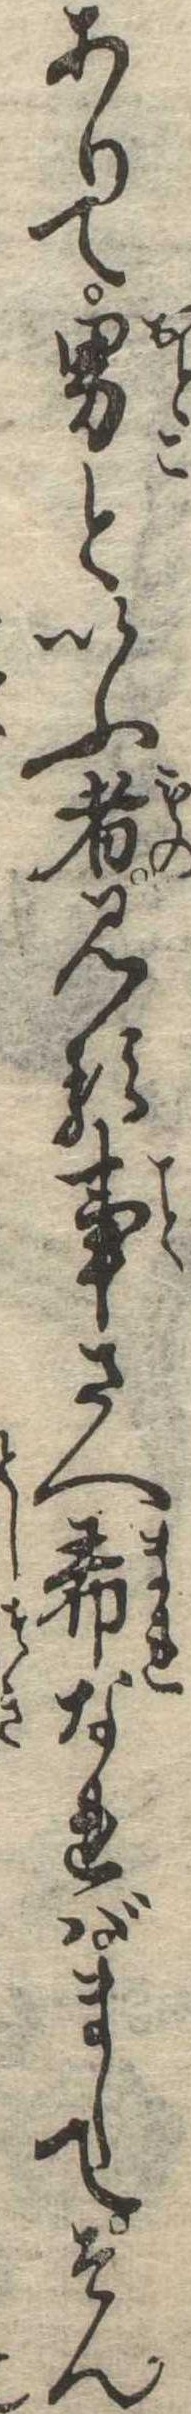
ありて男といふ者見る事さへ希なればましてそん